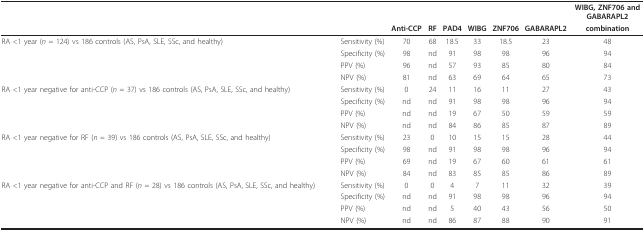
<table><thead><tr><td></td><td></td><td></td><td></td><td></td><td></td><td></td><td></td><td><b>WIBG, ZNF706 and GABARAPL2</b></td></tr><tr><td></td><td></td><td><b>Anti-CCP</b></td><td><b>RF</b></td><td><b>PAD4</b></td><td><b>WIBG</b></td><td><b>ZNF706</b></td><td><b>GABARAPL2</b></td><td><b>combination</b></td></tr></thead><tbody><tr><td>RA &lt;1 year (<i>n </i>= 124) vs 186 controls (AS, PsA, SLE, SSc, and healthy)</td><td>Sensitivity (%)</td><td>70</td><td>68</td><td>18.5</td><td>33</td><td>18.5</td><td>23</td><td>48</td></tr><tr><td></td><td>Specificity (%)</td><td>98</td><td>nd</td><td>91</td><td>98</td><td>98</td><td>96</td><td>94</td></tr><tr><td></td><td>PPV (%)</td><td>96</td><td>nd</td><td>57</td><td>93</td><td>85</td><td>80</td><td>84</td></tr><tr><td></td><td>NPV (%)</td><td>81</td><td>nd</td><td>63</td><td>69</td><td>64</td><td>65</td><td>73</td></tr><tr><td>RA &lt;1 year negative for anti-CCP (<i>n </i>= 37) vs 186 controls (AS, PsA, SLE, SSc, and healthy)</td><td>Sensitivity (%)</td><td>0</td><td>24</td><td>11</td><td>16</td><td>11</td><td>27</td><td>43</td></tr><tr><td></td><td>Specificity (%)</td><td>nd</td><td>nd</td><td>91</td><td>98</td><td>98</td><td>96</td><td>94</td></tr><tr><td></td><td>PPV (%)</td><td>nd</td><td>nd</td><td>19</td><td>67</td><td>50</td><td>59</td><td>59</td></tr><tr><td></td><td>NPV (%)</td><td>nd</td><td>nd</td><td>84</td><td>86</td><td>85</td><td>87</td><td>89</td></tr><tr><td>RA &lt;1 year negative for RF (<i>n </i>= 39) vs 186 controls (AS, PsA, SLE, SSc, and healthy)</td><td>Sensitivity (%)</td><td>23</td><td>0</td><td>10</td><td>15</td><td>15</td><td>28</td><td>44</td></tr><tr><td></td><td>Specificity (%)</td><td>98</td><td>nd</td><td>91</td><td>98</td><td>98</td><td>96</td><td>94</td></tr><tr><td></td><td>PPV (%)</td><td>69</td><td>nd</td><td>19</td><td>67</td><td>60</td><td>61</td><td>61</td></tr><tr><td></td><td>NPV (%)</td><td>84</td><td>nd</td><td>83</td><td>85</td><td>85</td><td>86</td><td>89</td></tr><tr><td>RA &lt;1 year negative for anti-CCP and RF (<i>n </i>= 28) vs 186 controls (AS, PsA, SLE, SSc, and healthy)</td><td>Sensitivity (%)</td><td>0</td><td>0</td><td>4</td><td>7</td><td>11</td><td>32</td><td>39</td></tr><tr><td></td><td>Specificity (%)</td><td>nd</td><td>nd</td><td>91</td><td>98</td><td>98</td><td>96</td><td>94</td></tr><tr><td></td><td>PPV (%)</td><td>nd</td><td>nd</td><td>5</td><td>40</td><td>43</td><td>56</td><td>50</td></tr><tr><td></td><td>NPV (%)</td><td>nd</td><td>nd</td><td>86</td><td>87</td><td>88</td><td>90</td><td>91</td></tr></tbody></table>